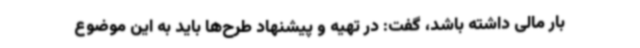
بار مالی داشته باشد، گفت: در تهیه و پیشنهاد طرح‌ها باید به این موضوع